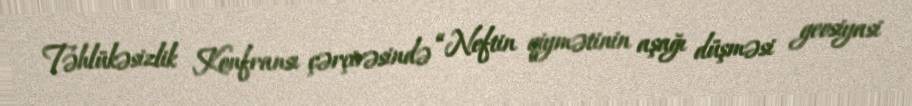
Təhlükəsizlik Konfransı çərçivəsində “Neftin qiymətinin aşağı düşməsi geosiyasi